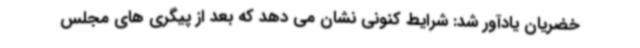
خضریان یادآور شد: شرایط کنونی نشان می دهد که بعد از پیگری های مجلس